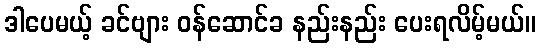
ဒါပေမယ့် ခင်ဗျား ဝန်ဆောင်ခ နည်းနည်း ပေးရလိမ့်မယ်။